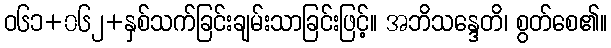
ဝ၆၁+၀၆၂+နှစ်သက်ခြင်းချမ်းသာခြင်းဖြင့်။ အဘိသန္ဒေတိ၊ စွတ်စေ၏။